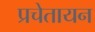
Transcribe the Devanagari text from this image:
प्रचेतायन